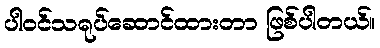
ပါဝင်သရုပ်ဆောင်ထားတာ ဖြစ်ပါတယ်။